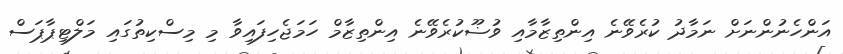
އަންހެނުންނަށް ނަމާދު ކުރެވޭނެ އިންތިޒާމާއި ވުޟޫކުރެވޭނެ އިންތިޒާމް ހަމަޖެހިފައިވާ މި މިސްކިތުގައި މަލްޓިޕާޕަސް